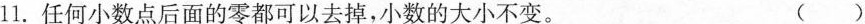
11. 任何小数点后面的零都可以去掉，小数的大小不变。 ()